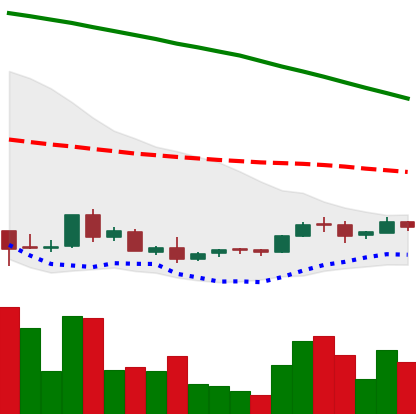
Ticker: ADA-USD
Chart end date: 2018-09-02
Forward return: -19.581%
Label: down_7plus